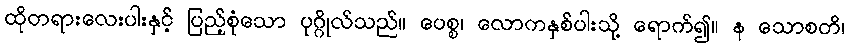
ထိုတရားလေးပါးနှင့် ပြည့်စုံသော ပုဂ္ဂိုလ်သည်။ ပေစ္စ၊ လောကနှစ်ပါးသို့ ရောက်၍။ န သောစတိ၊